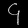
Digit: ၄